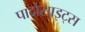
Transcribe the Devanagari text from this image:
पादोसाइट्स